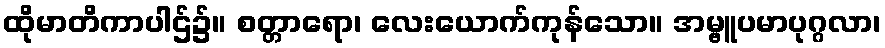
ထိုမာတိကာပါဌ်၌။ စတ္တာရော၊ လေးယောက်ကုန်သော။ အမ္ဗူပမာပုဂ္ဂလာ၊